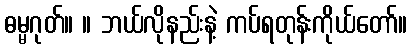
ဓမ္မဂုတ်။ ။ ဘယ်လိုနည်းနဲ့ ကပ်ရတုန်းကိုယ်တော်။